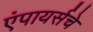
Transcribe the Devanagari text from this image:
एंपायर्सचे